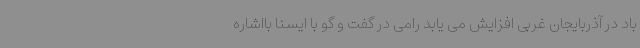
باد در آذربایجان غربی افزایش می یابد رامی در گفت و گو با ایسنا بااشاره